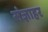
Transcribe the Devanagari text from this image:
संज्ञाहर